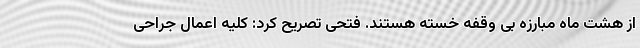
از هشت ماه مبارزه بی وقفه خسته هستند. فتحی تصریح کرد: کلیه اعمال جراحی